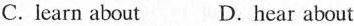
C. learn about D. Hear about